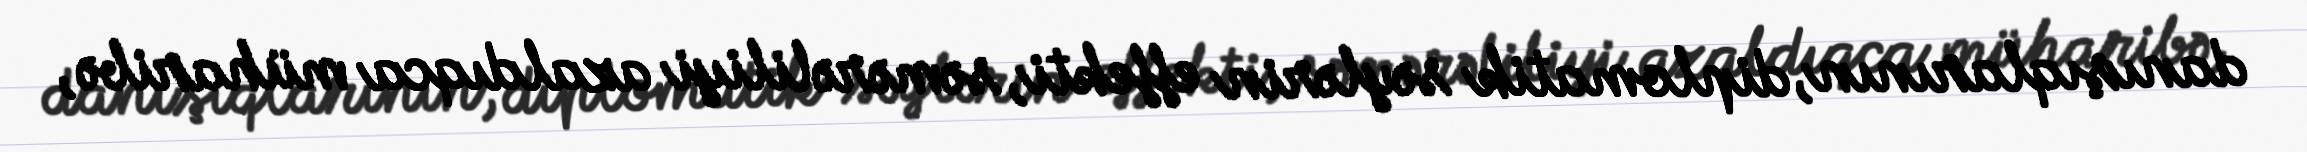
danışıqlarının, diplomatik səylərin effekti, səmərəliliyi azaldıqca müharibə,